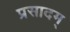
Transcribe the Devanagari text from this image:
प्रसादम्